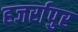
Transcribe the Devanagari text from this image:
हजर्रापुर